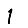
Digit: 1